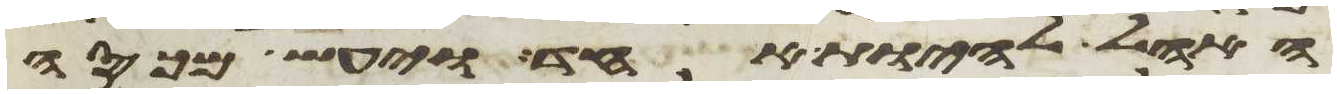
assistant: האהל להיות אחד ויעש מכסה